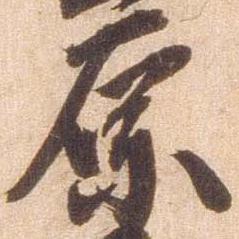
原